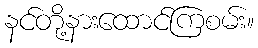
နင်တို့နားထောင်ကြစမ်း။